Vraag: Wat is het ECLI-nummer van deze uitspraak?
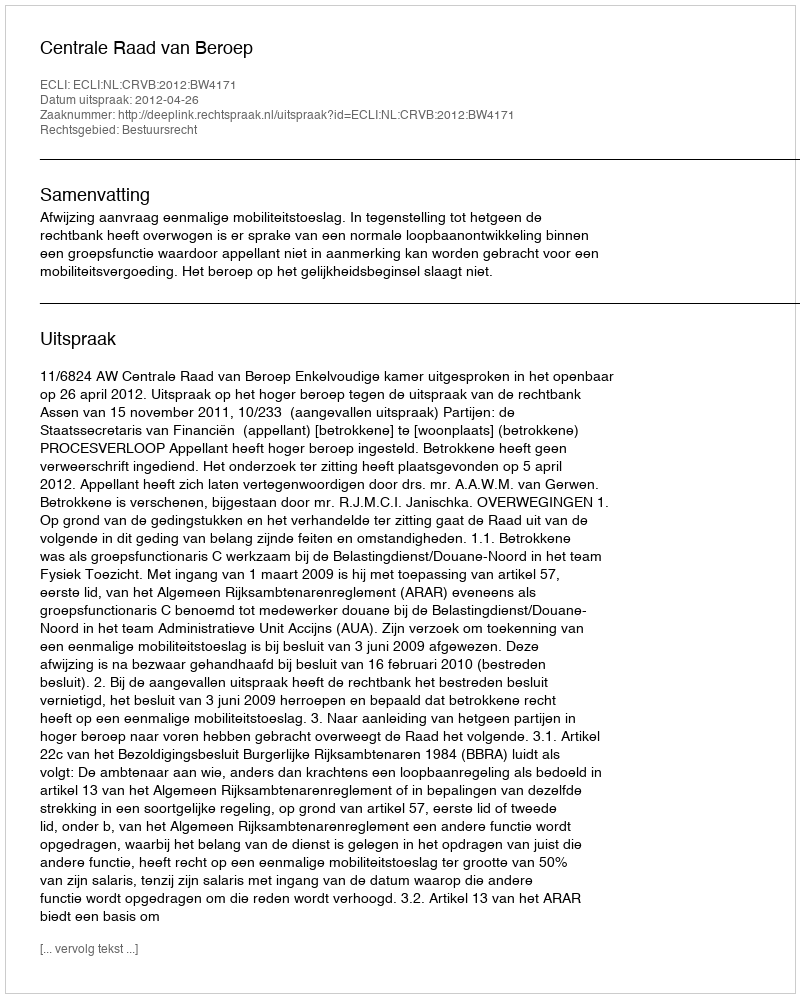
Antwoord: ECLI:NL:CRVB:2012:BW4171